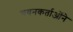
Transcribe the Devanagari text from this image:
चयनकर्ताओंने